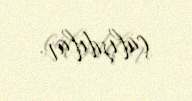
çalışdılar.